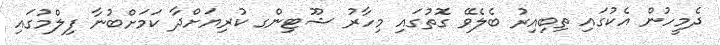
ދެމީހުން އެކުގައި ތިބިއިރު ބެލެވޭ ގޮތުގައި މިހާރު ޝޫޓިންގ ކުރިޔަށްދާ ކަމަށްބުނާ ފިލްމުގައި